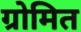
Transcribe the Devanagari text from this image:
ग्रोमित